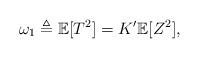
LaTeX: \begin{align*}\omega_1\triangleq\mathbb{E}[T^2]=K'\mathbb{E}[Z^2],\end{align*}